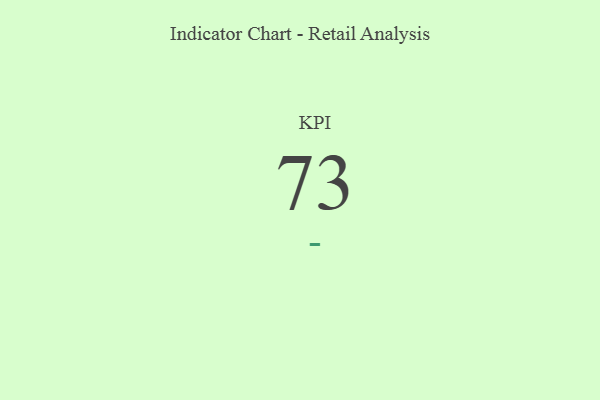
{"axis": {"x": "KPI", "y": "Value"}, "legend": [""], "data": [{"x": "KPI", "y": 73, "type": ""}]}